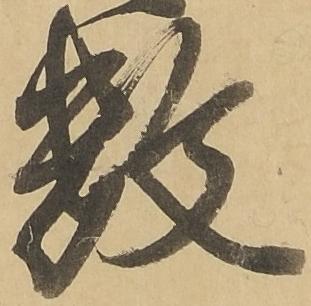
数